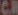
CR